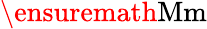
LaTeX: \ensuremath\mathrm{{Mm}}